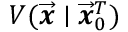
V ( \overrightarrow { \mathbfit { x } } \mid \overrightarrow { \mathbfit { x } } _ { 0 } ^ { T } )